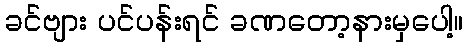
ခင်ဗျား ပင်ပန်းရင် ခဏတော့နားမှပေါ့။